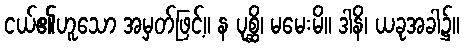
ငယ်၏ဟူသော အမှတ်ဖြင့်။ န ပုစ္ဆိ၊ မမေးမိ။ ဒါနိ၊ ယခုအခါ၌။